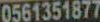
0561351877